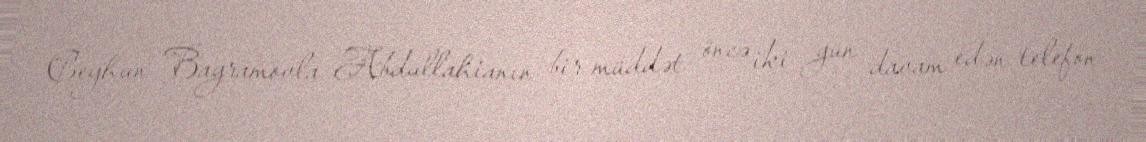
Ceyhun Bayramovla Abdullahianın bir müddət öncə iki gün davam edən telefon